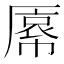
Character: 𫨝